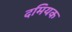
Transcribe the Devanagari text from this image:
दमियक